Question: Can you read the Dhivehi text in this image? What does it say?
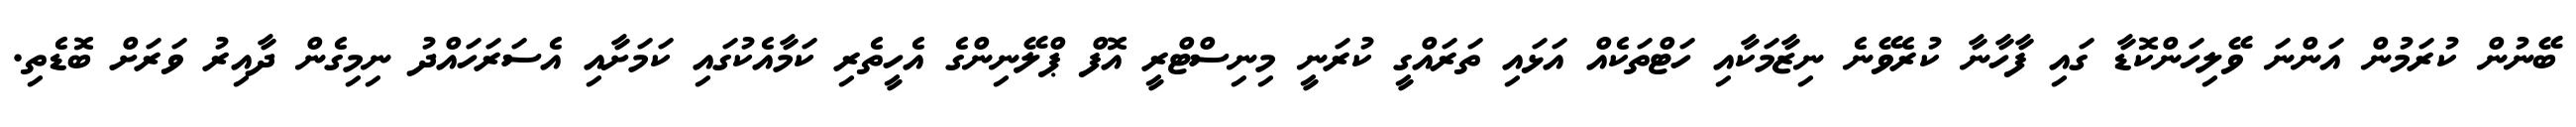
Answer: ބޭނުން ކުރަމުން އަންނަ ވޭލިހަންކޮޑާ ގައި ފާހާނާ ކުރެވޭނެ ނިޒާމަކާއި ހަޓްތަކެއް އަޅައި ތަރައްގީ ކުރަނީ މިނިސްޓްރީ އޮފް ޕްލޭނިންގެ އެހީތެރި ކަމާއެކުގައި ކަމަށާއި އެސަރަހައްދު ނިމިގެން ދާއިރު ވަރަށް ބޮޑެތި.